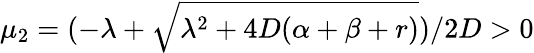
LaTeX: \mu_{2}=(-\lambda+\sqrt{\lambda^{2}+4D(\alpha+\beta+r)})/2D>0